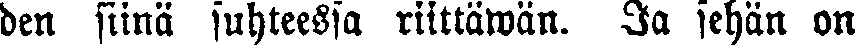
den siinä suhteessa riittäwän. Ja sehän on